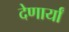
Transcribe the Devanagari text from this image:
देणार्यां